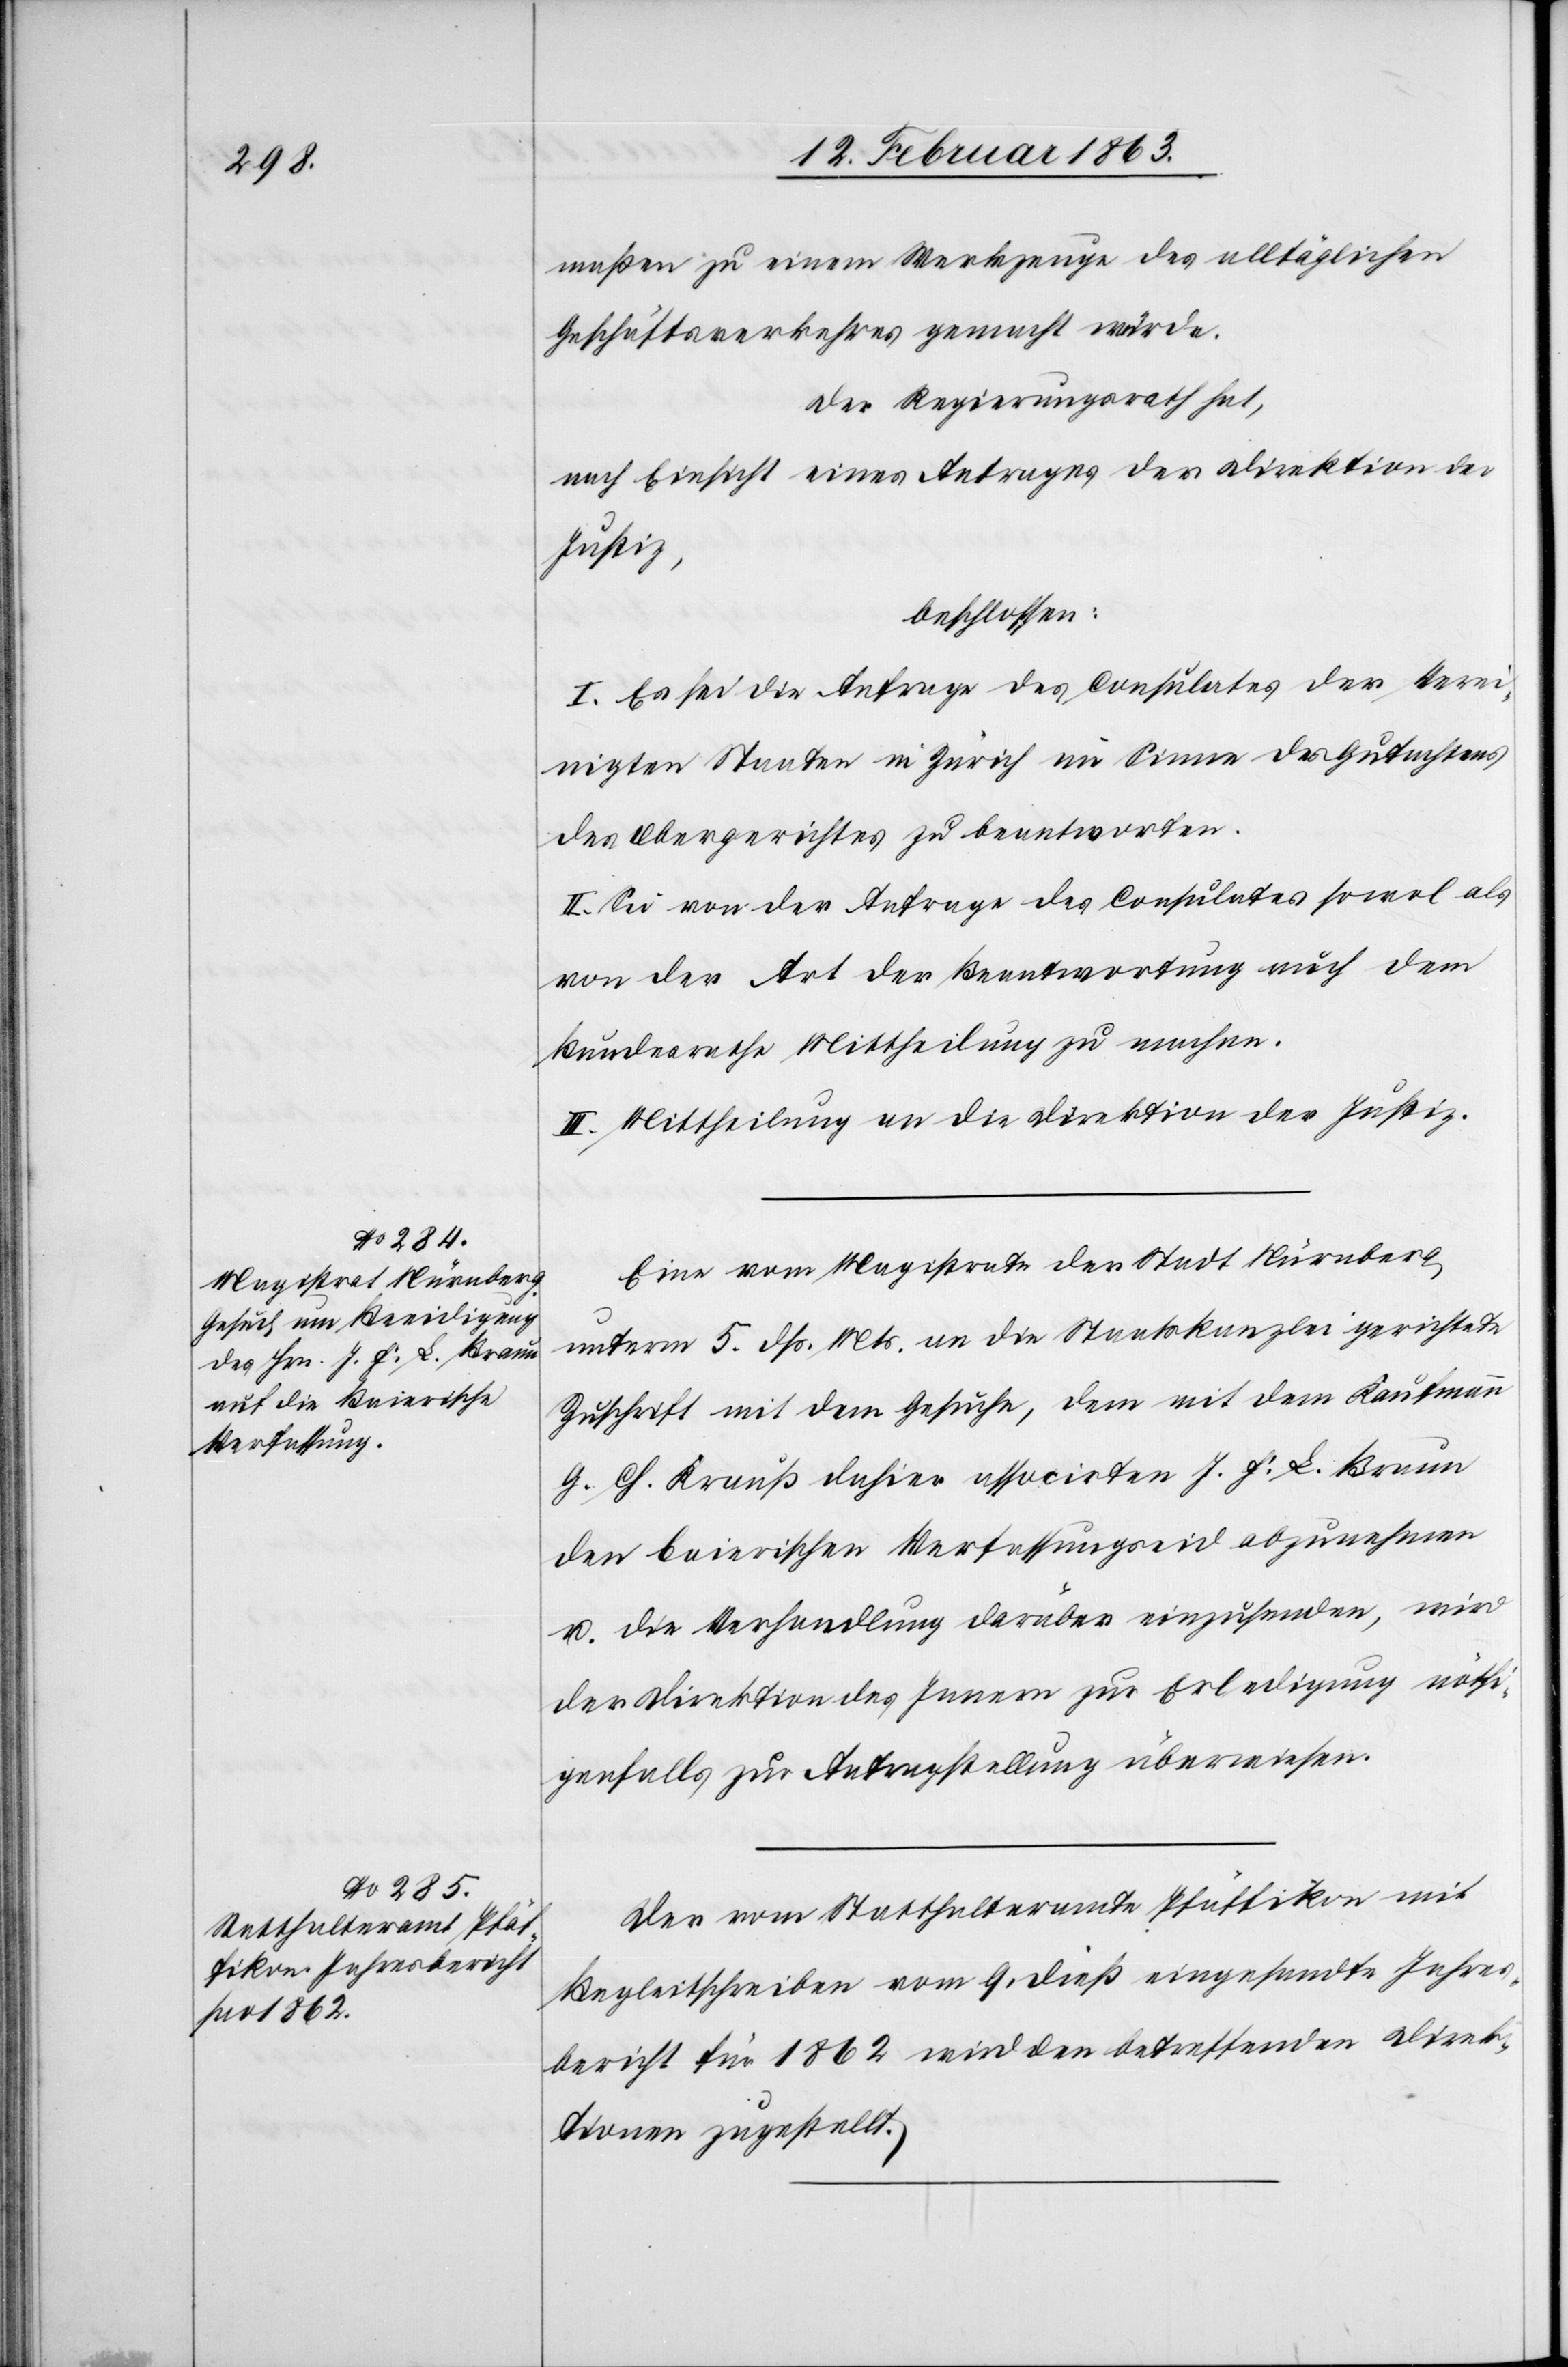
maßen zu einem Werkzeuge des alltäglichen
Geschäftsverkehres gemacht würde.
Der Regierungsrath hat,
nach Einsicht eines Antrages der Direktion der
Justiz,
beschlossen:
I. Es sei die Anfrage des Consulates der Verei¬
nigten Staaten in Zürich im Sinne des Gutachtens
des Obergerichtes zu beantworten.
II. Sei von der Anfrage des Consulates sowol als
von der Art der Beantwortung auch dem
Bundesrathe Mittheilung zu machen.
III. Mittheilung an die Direktion der Justiz.
Eine vom Magistrate der Stadt Nürnberg
unterm 5. dß. Mts. an die Staatskanzlei gerichtete
Zuschrift mit dem Gesuche, dem mit dem Kaufmann
G. Ch. Krauß dahier associrten J. F. L. Braun
den baierischen Verfassungseid abzunehmen
u. die Verhandlung darüber einzusenden, wird
der Direktion des Innern zur Erledigung nöthi¬
genfalls zur Antragstellung überwiesen.
Der vom Statthalteramte Pfäffikon mit
Begleitschreiben vom 9. dieß eingesandte Jahres¬
bericht für 1862 wird den betreffenden Direk¬
tionen zugestellt.